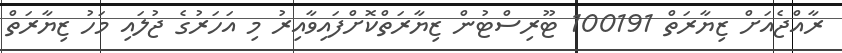
ރާއްޖެއަށް ޒިޔާރަތް 100191 ޓޫރިސްޓުން ޒިޔާރަތްކޮށްފައިވާއިރު މި އަހަރުގެ ޖުލައި މަހު ޒިޔާރަތް